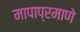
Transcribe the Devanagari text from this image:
मापाप्रमाणे